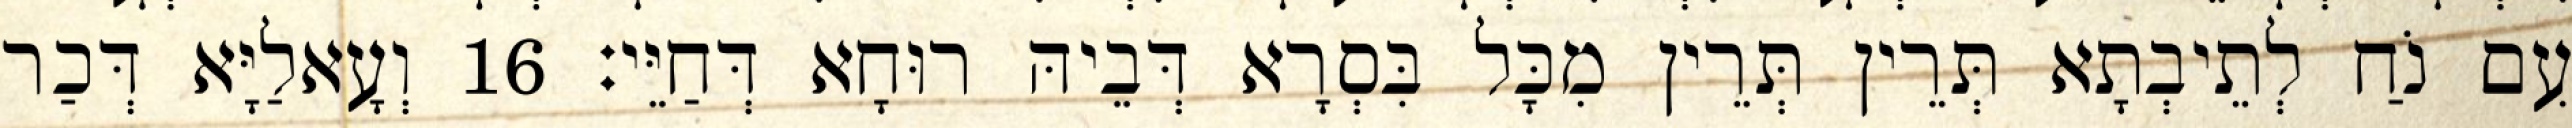
עִם נֹחַ לְתֵיבְתָא תְּרֵין תְּרֵין מִכָּל בִּסְרָא דְּבֵיהּ רוּחָא דְּחַיֵּי׃ 16 וְעָאלַיָּא דְּכַר